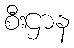
စီးဌာန